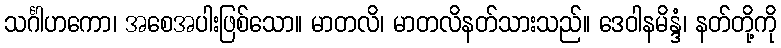
သင်္ဂါဟကော၊ အစေအပါးဖြစ်သော။ မာတလိ၊ မာတလိနတ်သားသည်။ ဒေဝါနမိန္ဒံ၊ နတ်တို့ကို